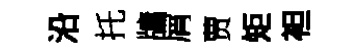
沿托牗屑贾矩袒